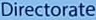
Directorate